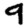
Digit: 9